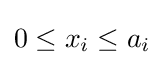
0\leq x_{i}\leq a_{i}